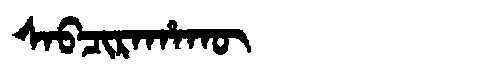
Manchu: ᠰᠠᠪᠴᡳᡵᠠᡥᠠᡴᡡ
Romanization: SABCIRAHAKŪ